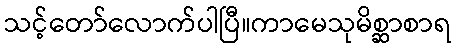
သင့်တော်လောက်ပါပြီ။ကာမေသုမိစ္ဆာစာရ